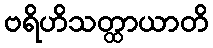
ဗရိဟိသတ္ထာယာတိ